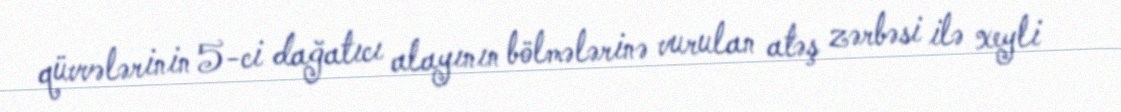
qüvvələrinin 5-ci dağatıcı alayının bölmələrinə vurulan atəş zərbəsi ilə xeyli